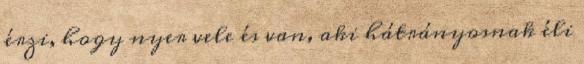
érzi, hogy nyer vele és van, aki hátrányosnak éli